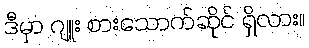
ဒီမှာ ဂျူး စားသောက်ဆိုင် ရှိလား။